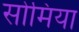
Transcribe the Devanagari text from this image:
सोमिया